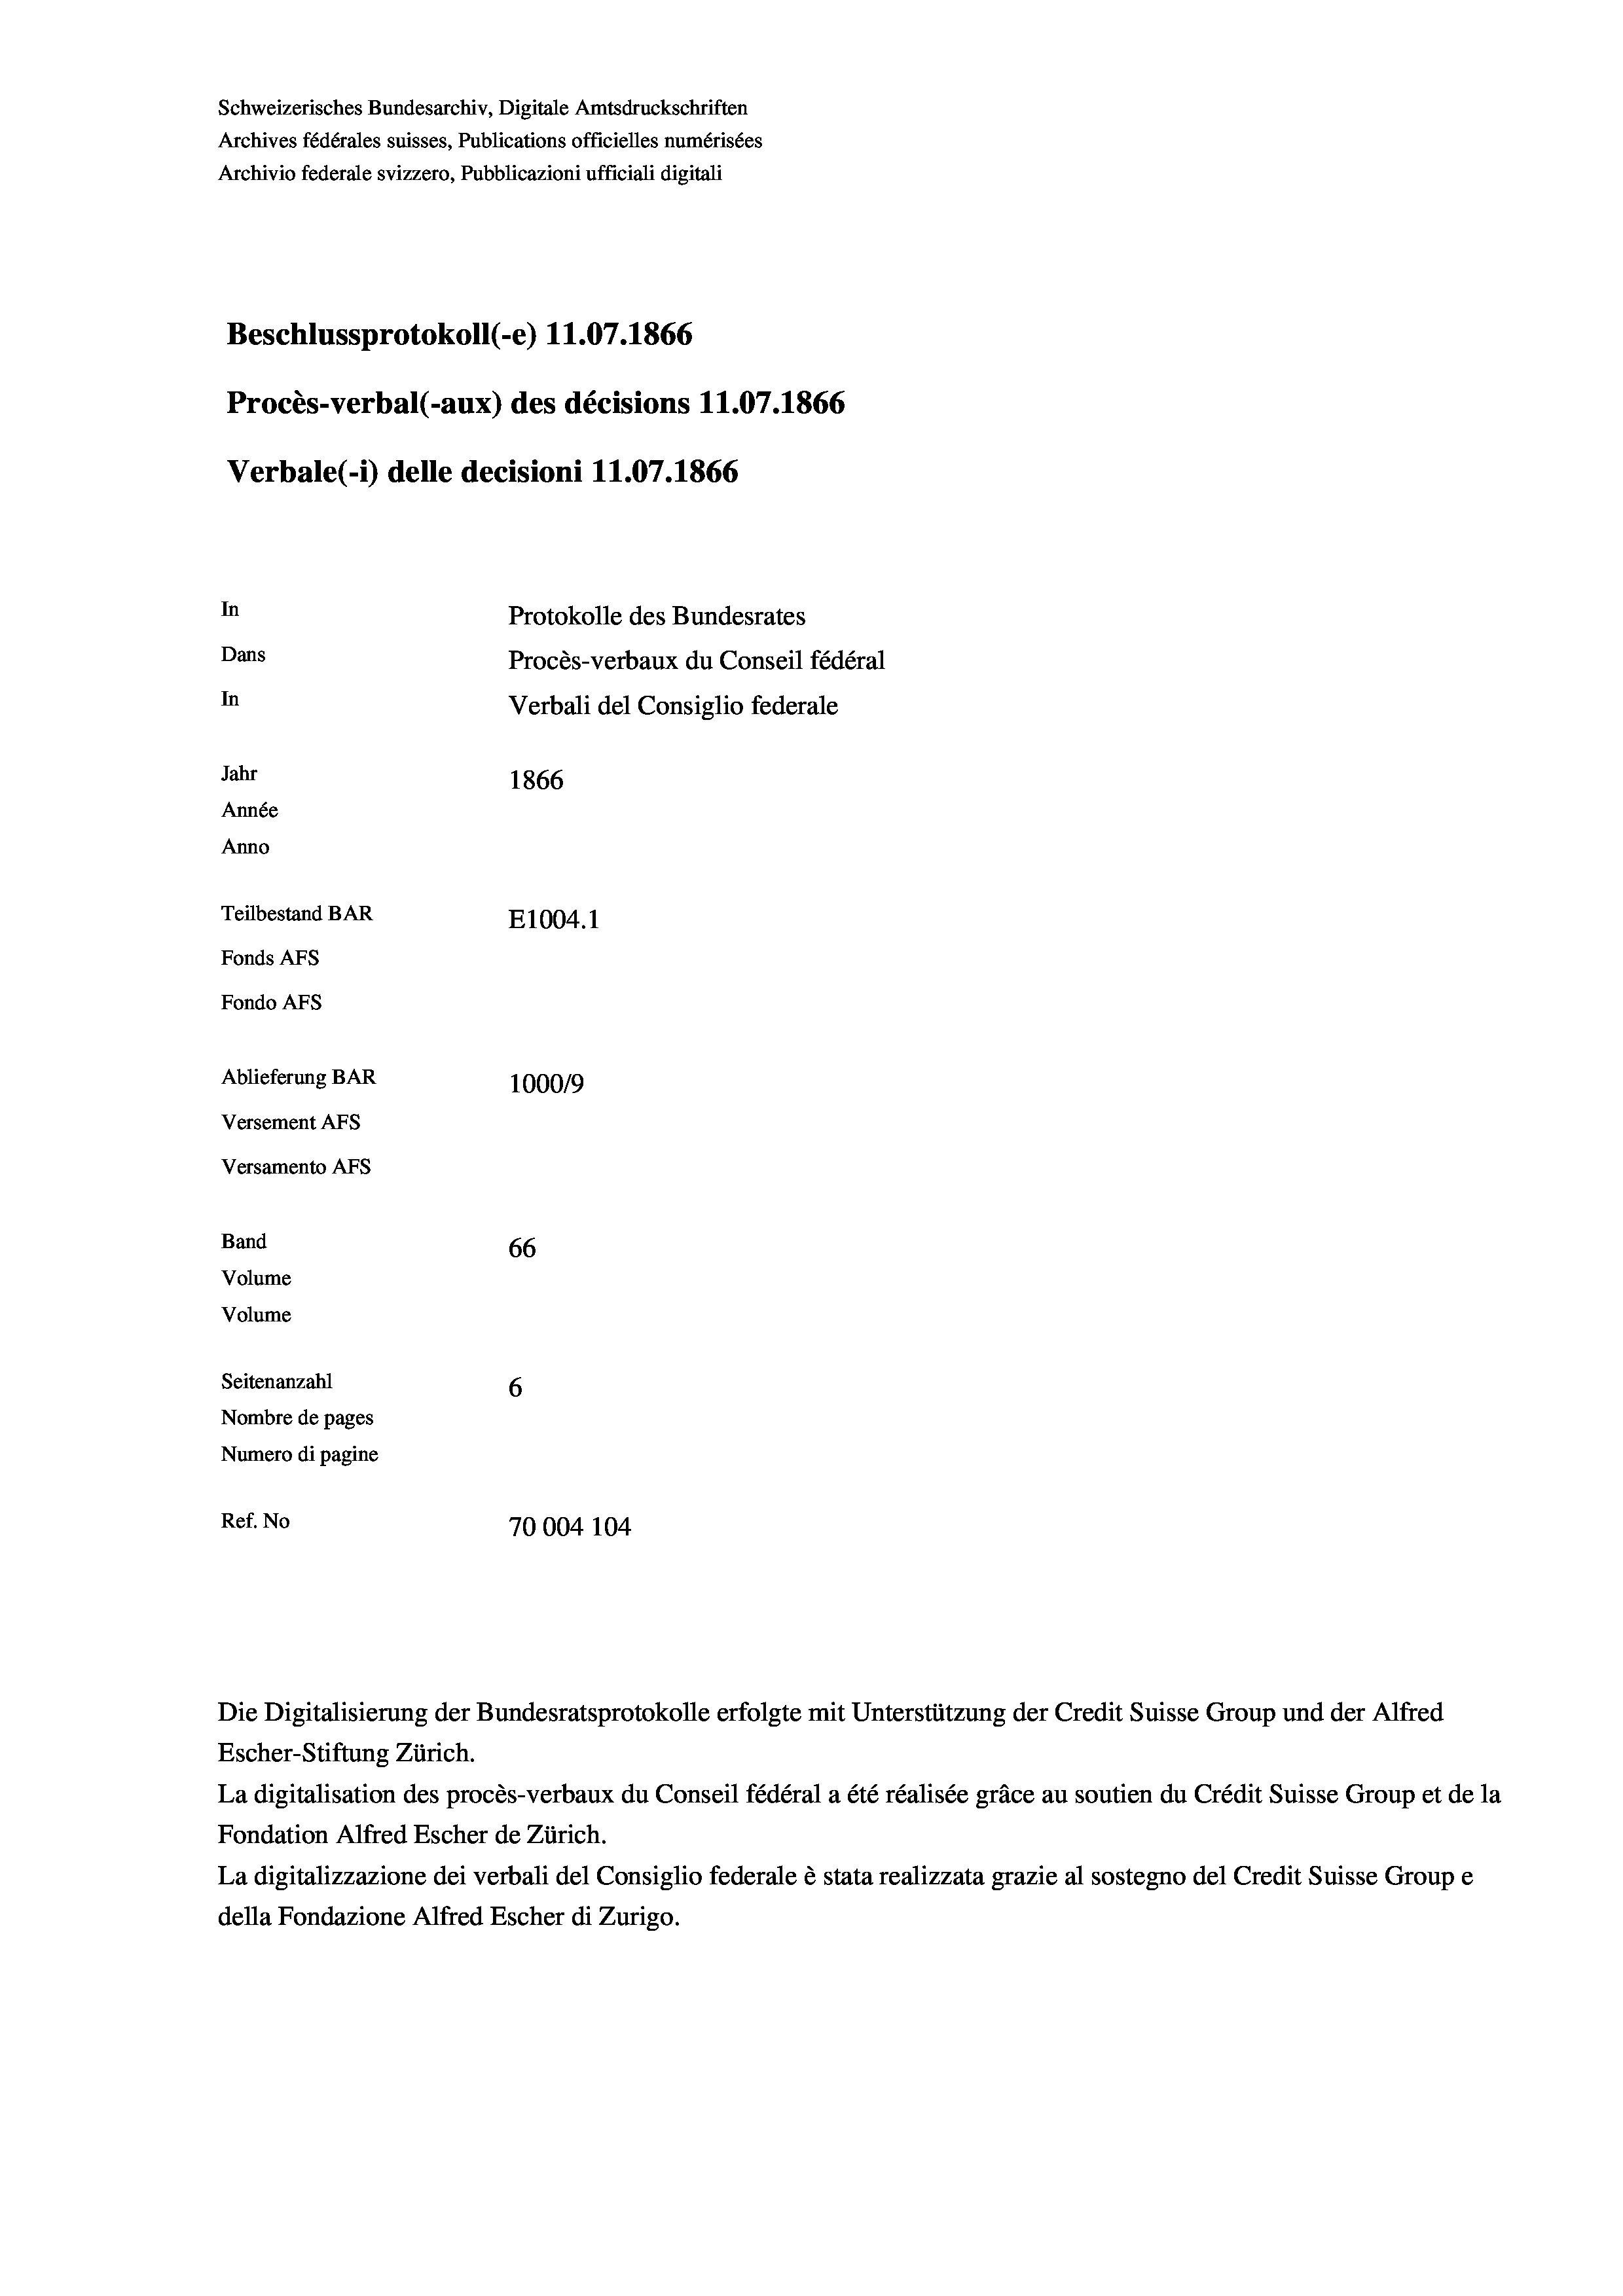
Schweizerisches Bundesarchiv, Digitale Amtsdruckschriften
Archives fédérales suisses, Publications officielles numérisées
Archivio federale svizzero, Pubblicazioni ufficiali digitali
Beschlussprotokoll (-e) 11.07. 1866
Procès-verbal (-aux) des décisions 11.07.1866
Verbale (i) delle decisioni 11.07. 1866
In
Protokolle des Bundesrates
Dans
Procès-verbaux du Conseil fédéral
In
Verbali del Consiglio federale
Jahr
1866
Année
Anno
Teilbestand BAR
E1004.1
Fonds AFs
Fondo AFs
Ablieferung BAR
100019
Versement Abs

66
Seitenanzahl
6
Nombre de pages
Numero di pagine
Ref. No
70004 104

Versamento Afs
Band
Volume
Volume

Die Digitalisierung der Bundesratsprotokolle erfolgte mit Unterstützung der Credit Suisse Group und der Alfred
Escher-Stiftung Zürich.
La digitalisation des procès-verbaux du Conseil fédéral a été réalisée gräce au soutien du Crédit Suisse Group et de la
Fondation Alfred Escher de Zürich.
La digitalizzazione dei verbali del Consiglio federale è stata realizzata grazie al sostegno del Credit Suisse Groupe
della Fondazione Alfred Escher di Zurigo.